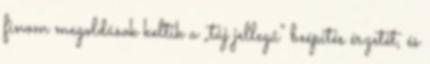
finom megoldások keltik a „táj jellegű” beépítés érzetét, és